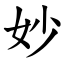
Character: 妙